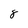
Character: 8